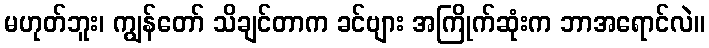
မဟုတ်ဘူး၊ ကျွန်တော် သိချင်တာက ခင်ဗျား အကြိုက်ဆုံးက ဘာအရောင်လဲ။